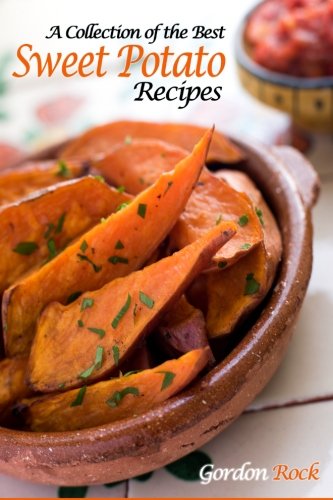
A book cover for A Collection of the Best Sweet Potato Recipes: Tasty and Healthy Sweet Potato Recipes; Gordon Rock; Cookbooks, Food & Wine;